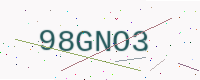
Text: 98GNO3